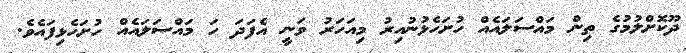
ދޫކޮށްލުމުގެ ތިން މައްސަލައެއް ހުށަހެޅުނުއިރު މިއަހަރު ވަނީ އެފަދަ ހަ މައްސަލައެއް ހުށަހެޅިފައެވެ.